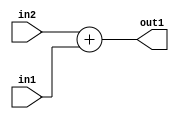
`timescale 1ps / 1ps
/*****************************************************************************
    Verilog RTL Description
    
    
    Created by: Stratus DpOpt 2019.1.01 
*******************************************************************************/

module st_feature_addr_gen_Add_16Ux16U_17U_4 (
	in2,
	in1,
	out1
	); /* architecture "behavioural" */ 
input [15:0] in2,
	in1;
output [16:0] out1;
wire [16:0] asc001;

assign asc001 = 
	+(in2)
	+(in1);

assign out1 = asc001;
endmodule

/* CADENCE  ubHxSwg= : u9/ySgnWtBlWxVPRXgAZ4Og= ** DO NOT EDIT THIS LINE ******/